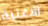
الاغنية